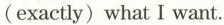
(exactly)what I want.